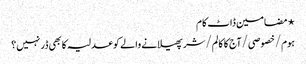
⋆ مضامین ڈاٹ کام
ہوم/خصوصی/آج کا کالم/شر پھیلانے والے کو عدلیہ کا بھی ڈر نہیں؟